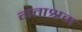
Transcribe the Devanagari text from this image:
गताश्रम